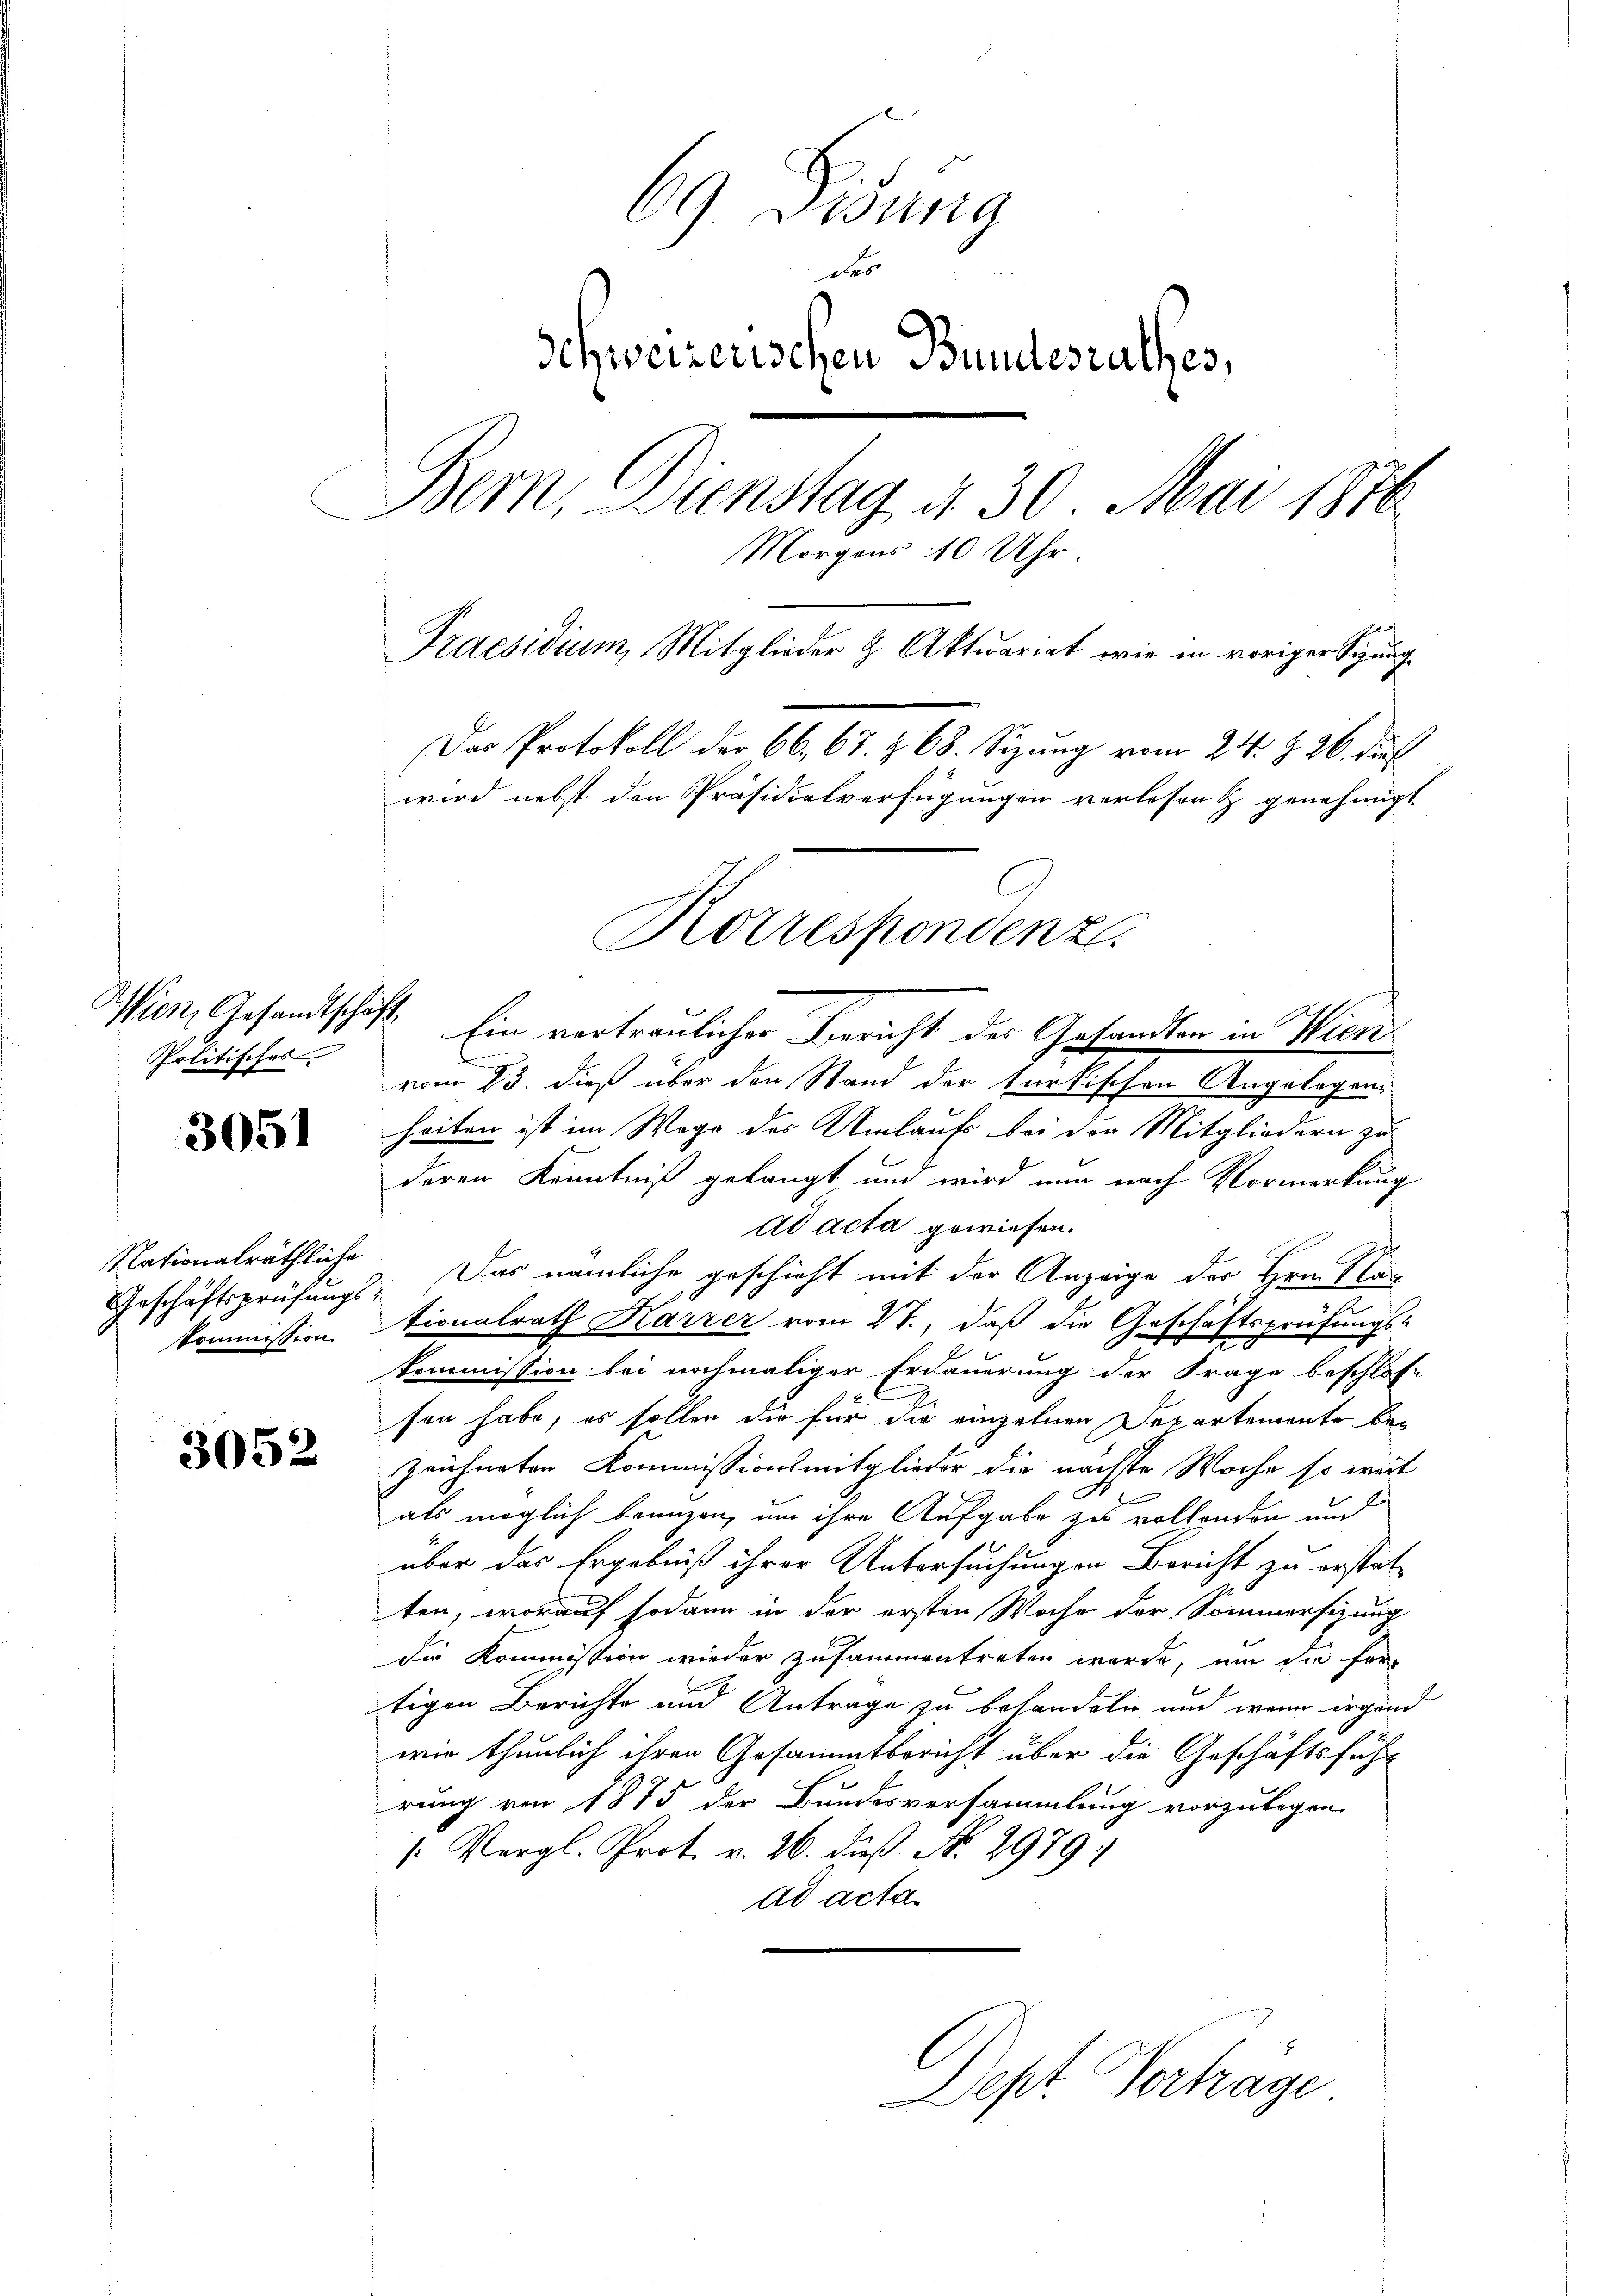
Wien, Gesandtschäft
Politisches

3051

Nationalräthliche
Geschäftsprüfungs
kommission.

3052

69 Didung
des
Schweizerischen Bundesrathes,
Bern, Dienstag d. 30. Mai 1876
Morgens 10 Uhr.
Praesidium, Mitglieder & Aktuariat wie in voriger Sigung
Das Protokoll der 66. 67. § 68. Sizung vom 24. § 26. die
wird nebst den Präsidialverfügungen verlesen & genehmigt
Korrespondenz.

Ein vertraulicher Bericht des Gesandten in Wiend
vom 23. dieß über den Stand der türkischen Angelegenheiten ist im Wege der Umlaufs bei der Mitgliedern zu
deren Kenntniß gelangt und wird nun nach Vormerkung
dd acta gewiesen.
Das nämliche geschieht mit der Anzeige der Hrn. Nac
1
tionalrath Harrer vom 21., daß die Geschäftsprüfungs-
kommission bei nochmaliger Erdauerung der Frage beschlos-
sen habe, es sollen die für die einzelnen Departemente bezeichneten Kommissionsmitglieder die nächste Woche so weit
als möglich branzen, um ihre Aufgabe zu vollenden au
über das Ergebniß ihrer Untersuchungen Bericht zu erstat-
ten, worauf sodann in der ersten Woche der Sommersizung
die Kommission wieder zusammentreten wurde, um die fer-
tigen Berichte und Antrage zu behandeln und wenn irgend
wie thunlich ihren Gesammtbericht über die Geschäftsführ
rung von 1875 der Bundesversammlung vorzulegen
/. Vergl. Prot. v. 26. daß No. 2979
ad acta.

Dept. Vertrage